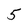
Character: 5